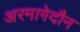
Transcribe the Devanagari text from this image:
अरमागेदौन